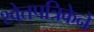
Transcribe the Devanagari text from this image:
श्वेतपत्रिकेने